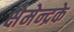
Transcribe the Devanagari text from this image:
क्षेमेन्द्रके